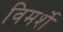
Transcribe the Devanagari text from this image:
विमर्शे